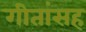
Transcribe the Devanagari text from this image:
गीतांसह